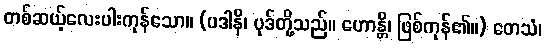
တစ်ဆယ့်လေးပါးကုန်သော။ (ပဒါနိ၊ ပုဒ်တို့သည်။ ဟောန္တိ၊ ဖြစ်ကုန်၏။) တေသံ၊